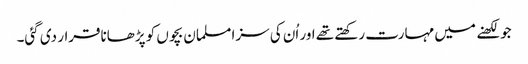
جو لکھنے میں مہارت رکھتے تھے اور اُن کی سزا مسلمان بچوں کو پڑھاناقرار دی گئی۔